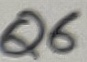
Text: Q6